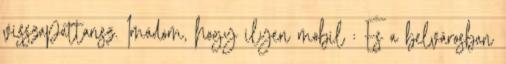
visszapattansz. Imádom, hogy ilyen mobil : És a belvárosban